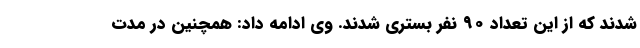
شدند که از این تعداد ۹۰ نفر بستری شدند. وی ادامه داد: همچنین در مدت